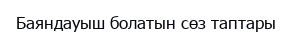
Баяндауыш болатын сөз таптары